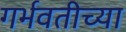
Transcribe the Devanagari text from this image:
गर्भवतीच्या